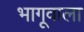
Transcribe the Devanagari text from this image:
भागूवाला